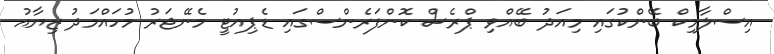
އިސްލާމިކް ބޭންކުގައި މިއަދު ބޭއްވި ޕްރެސް ކޮންފަރެންސްގައި ޑެޕިއުޓީ މެނޭޖަރު މުހައްމަދު ޒިޔާއު